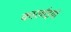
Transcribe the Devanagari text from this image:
कारर्वाइयों